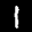
Label: 1